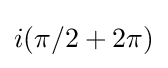
i(\pi /2+2\pi )